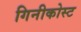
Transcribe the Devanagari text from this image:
गिनीकोस्ट